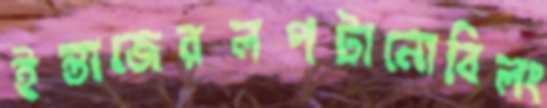
ইন্তাজেরলপটানোবিলং